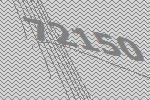
72150